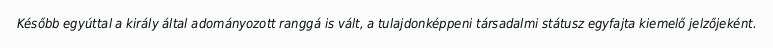
Később egyúttal a király által adományozott ranggá is vált, a tulajdonképpeni társadalmi státusz egyfajta kiemelő jelzőjeként.